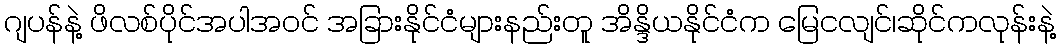
ဂျပန်နဲ့ ဖိလစ်ပိုင်အပါအဝင် အခြားနိုင်ငံများနည်းတူ အိန္ဒိယနိုင်ငံက မြေငလျင်၊ဆိုင်ကလုန်းနဲ့